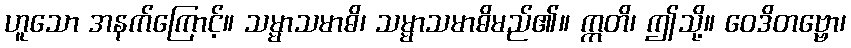
ဟူသော အနက်ကြောင့်။ သမ္မာသမာဓိ၊ သမ္မာသမာဓိမည်၏။ ဣတိ၊ ဤသို့။ ဝေဒိတဗ္ဗော၊